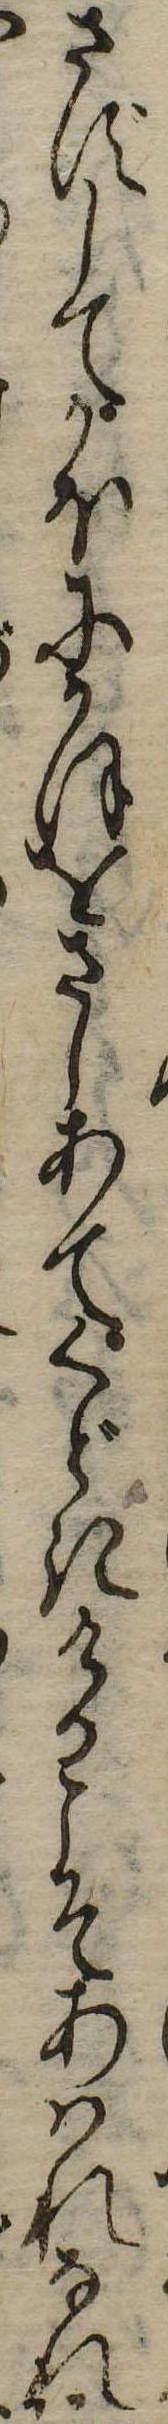
さずしてかほにかほをさしあてくどきけるこそあはれなれ